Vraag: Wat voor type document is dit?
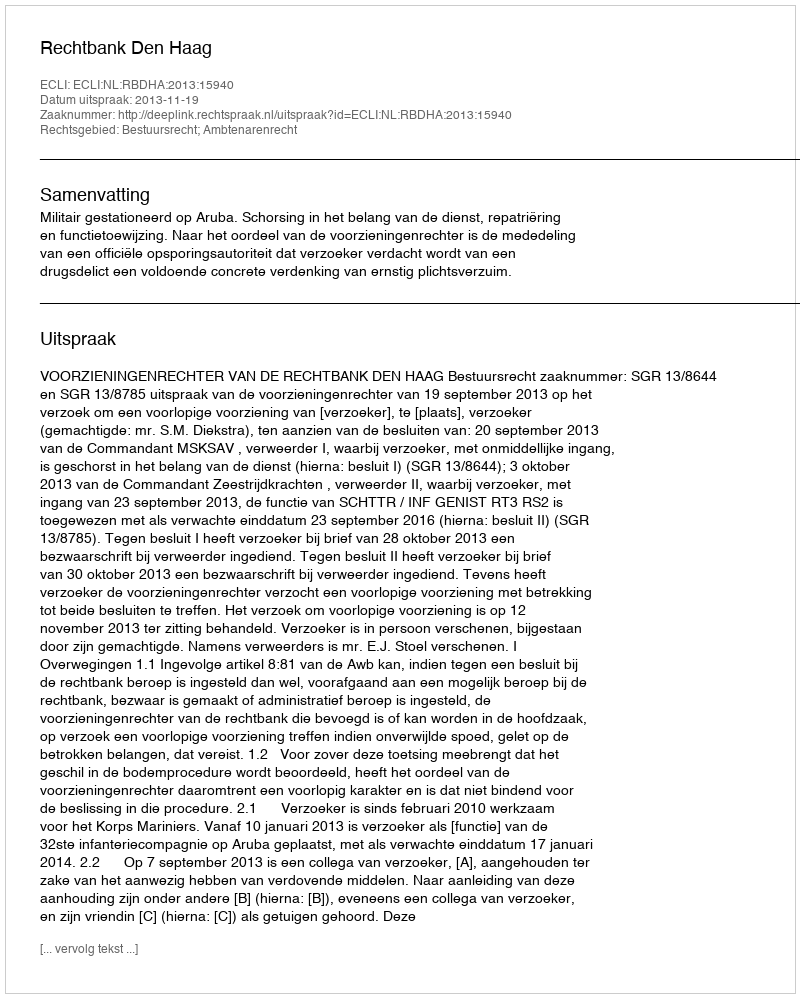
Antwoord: Uitspraak